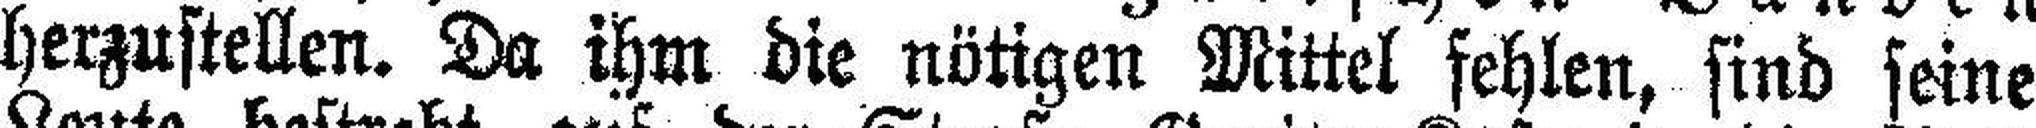
herzustellen. Da ihm die nötigen Mittel fehlen, sind seine